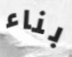
بناء